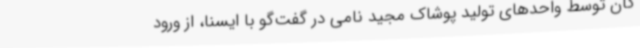
گان توسط واحدهای تولید پوشاک مجید نامی در گفت‌گو با ایسنا، از ورود